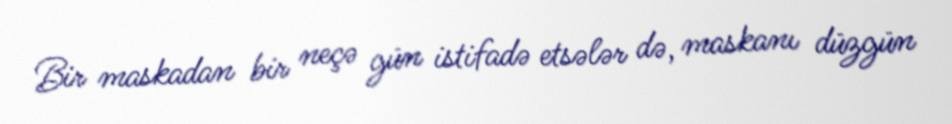
Bir maskadan bir neçə gün istifadə etsələr də, maskanı düzgün